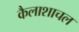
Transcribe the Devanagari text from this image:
कैलाशाचल